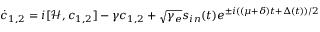
\dot { c } _ { 1 , 2 } = i [ \mathcal { H } , c _ { 1 , 2 } ] - \gamma c _ { 1 , 2 } + \sqrt { \gamma _ { e } } s _ { i n } ( t ) e ^ { \pm i ( ( \mu + \delta ) t + \Delta ( t ) ) / 2 }